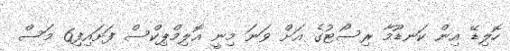
ހޮލިޑޭ އިން ކަނޑޫމާ ރިސޯޓުގެ އަށް ވަނަ މިނީ އޮލިމްޕިކްސް ފަށައިފި6 މަސް